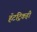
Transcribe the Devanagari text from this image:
हॅटट्रिकही